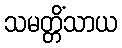
သမတ္တိံသာယ